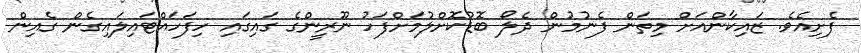
ފެށިއެވެ. ޒައިކާންއަށް މިތަން ފެނުމުން ދެލޯ ބޮޑުކޮށްލުމަށްފަހު ނޫރީންގެ ގައިގައި ހިފަހައްޓައިލައިގެން ގެއިން